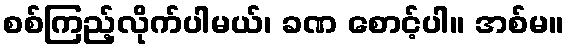
စစ်ကြည့်လိုက်ပါမယ်၊ ခဏ စောင့်ပါ။ အစ်မ။